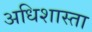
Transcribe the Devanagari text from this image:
अधिशास्ता